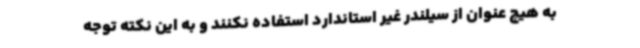
به هیچ عنوان از سیلندر غیر استاندارد استفاده نکنند و به این نکته توجه